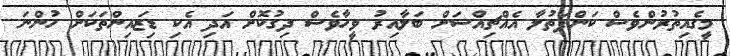
މީގެއިތުރުންވެސް ކަންފަތުލާ އެއްޗިއްސަށް ބަލާއިރު ވީހާވެސް ދިގުކޮށް އަދި އެކި ޑިޒައިންތަކަށް ހުންނަ